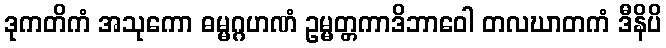
ဒုကတိကံ အသုကော ဓမ္မဂ္ဂဟဏံ ဥမ္မတ္တကာဒိဘာဝေါ တလဃာတကံ ဒီနိပိ